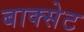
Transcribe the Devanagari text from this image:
बाक्सेट